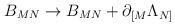
LaTeX: \begin{align*}B_{MN} \rightarrow B_{MN} + \partial_{[M}\Lambda_{N]}\end{align*}